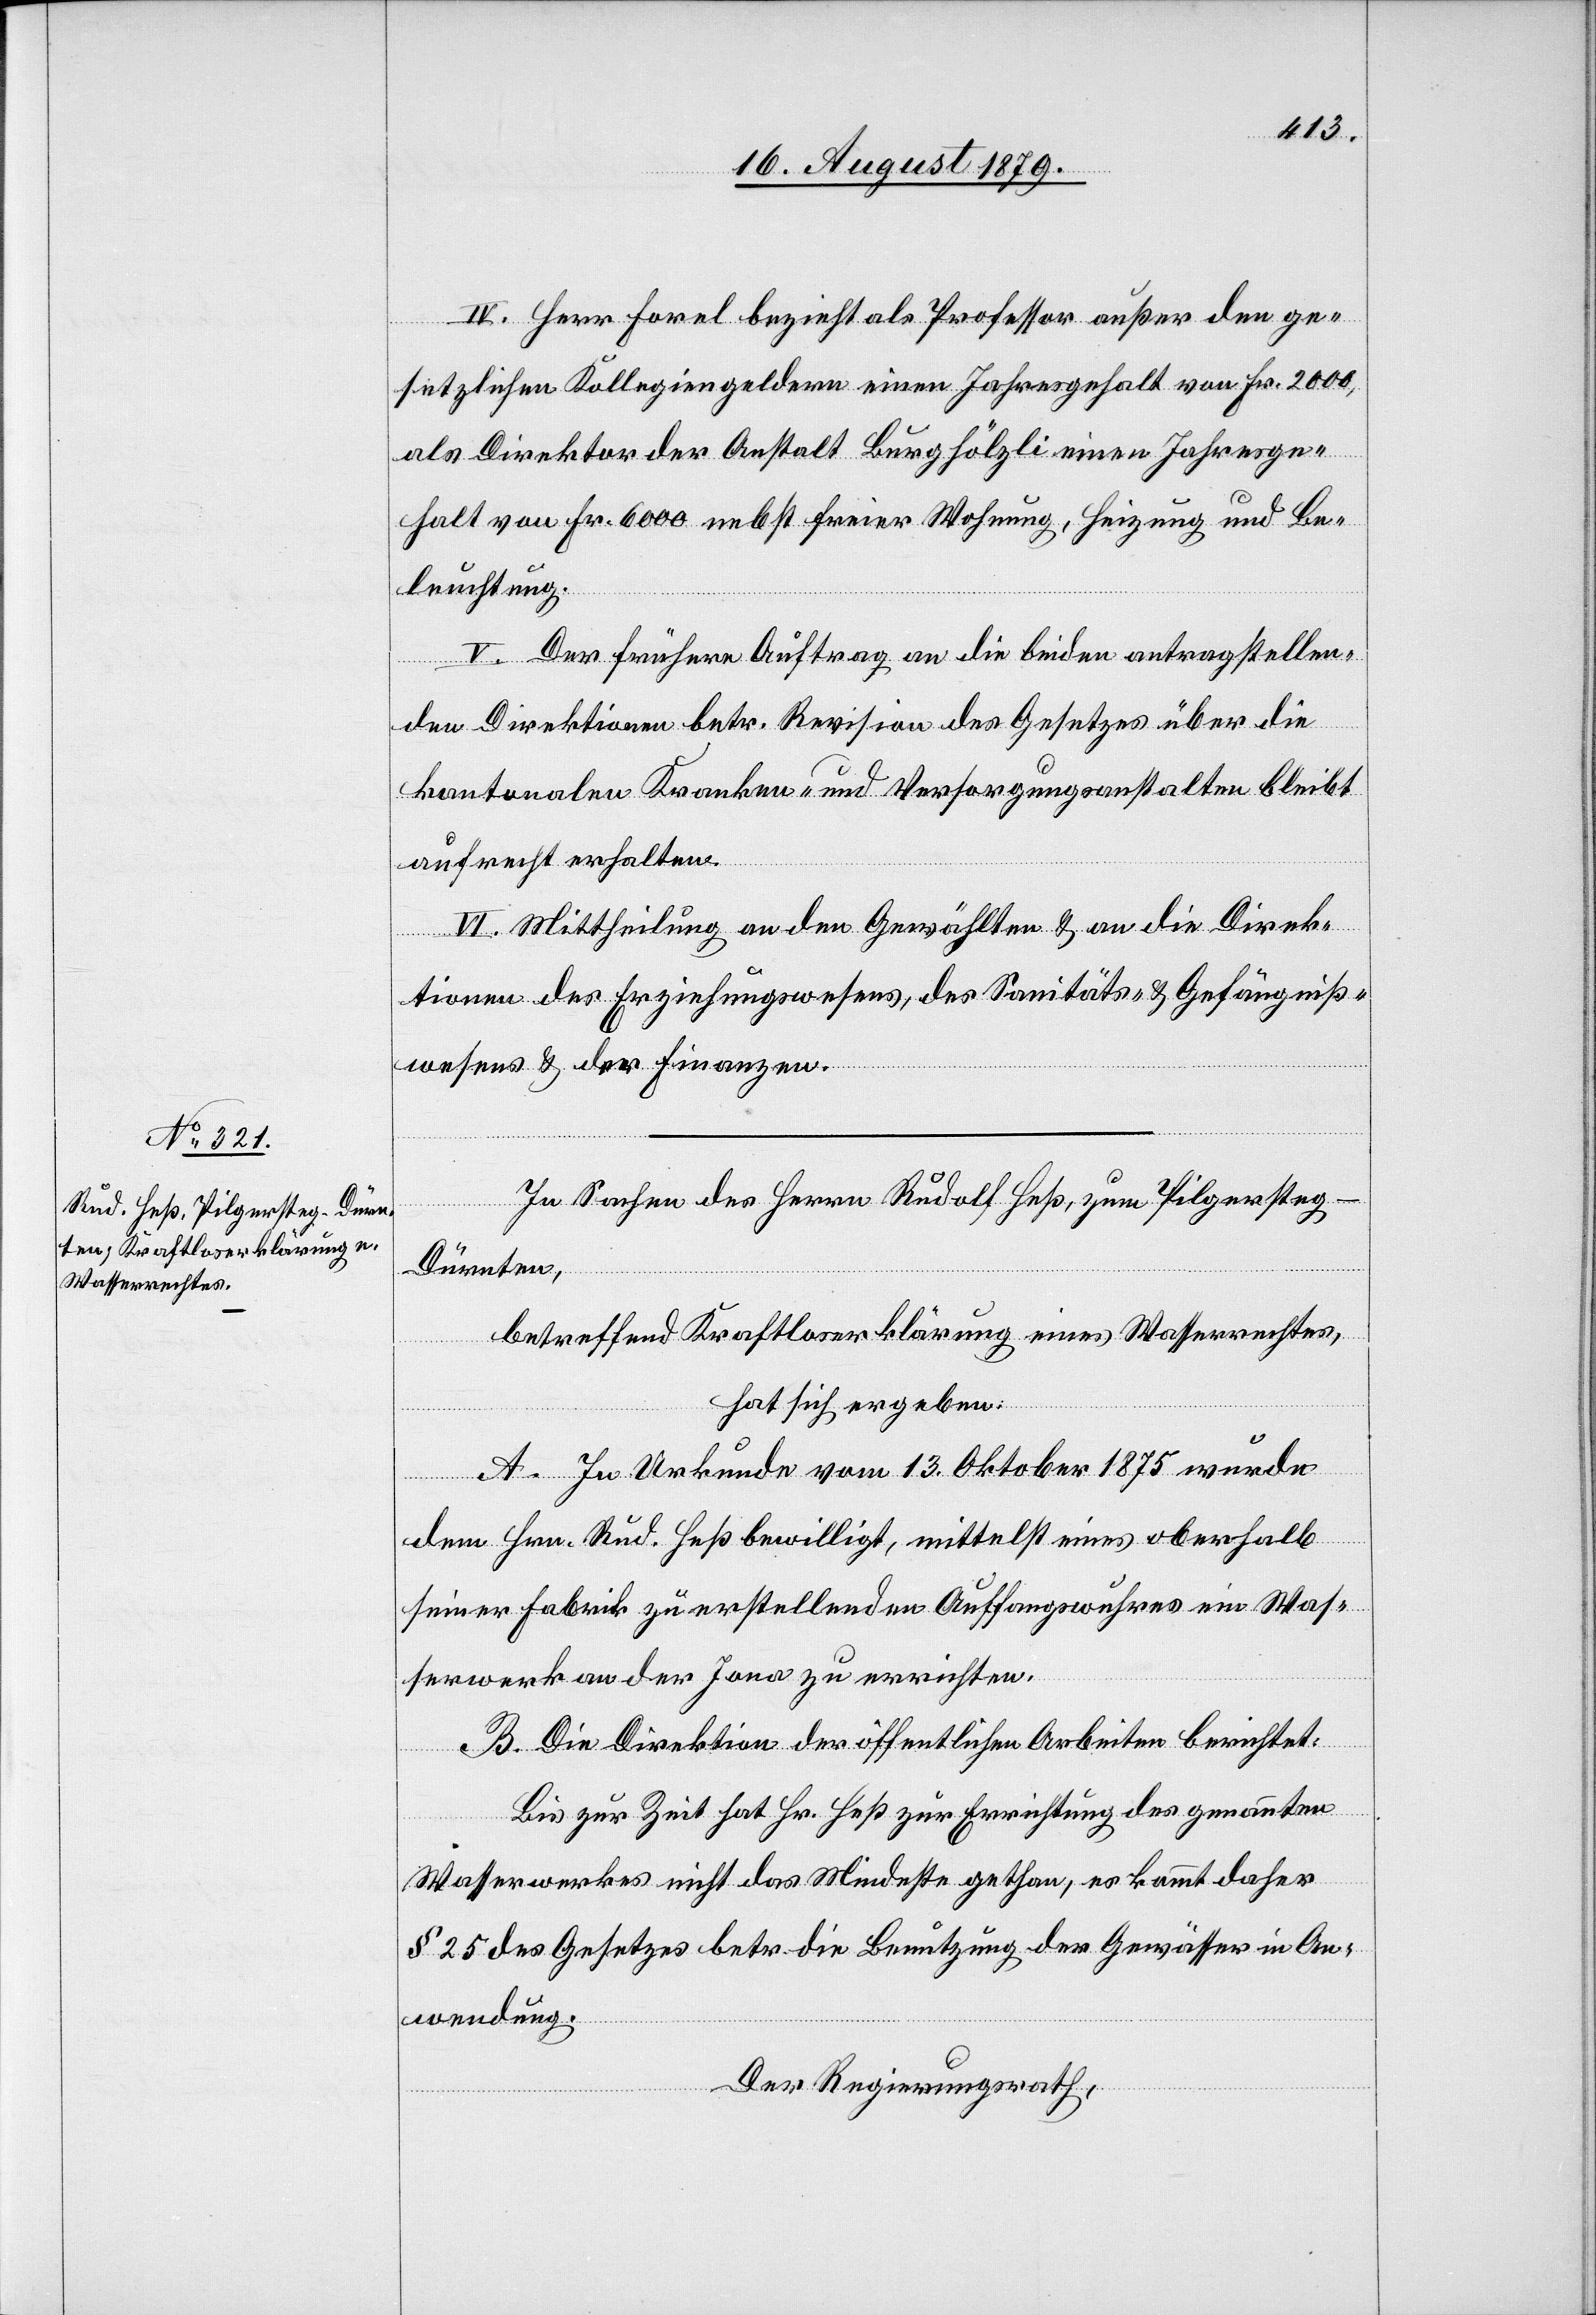
IV. Herr Forel bezieht als Professor außer den ge¬
setzlichen Kollegiengeldern einen Jahresgehalt von Fr. 2000,
als Direktor der Anstalt Burghölzli einen Jahresge¬
halt von Fr. 6000 nebst freier Wohnung, Heizung und Be¬
leuchtung.
V. Der frühere Auftrag an die beiden antragstellen¬
den Direktionen betr. Revision des Gesetzes über die
kantonalen Kranken- und Versorgungsanstalten bleibt
aufrecht erhalten.
VI. Mittheilung an den Gewählten & an die Direk¬
tionen des Erziehungswesens, des Sanitäts- & Gefängniß¬
wesens & der Finanzen.
In Sachen des Herrn Rudolf Heß, zum Pilgersteg
Dürnten,
betreffend Kraftloserklärung eines Wasserrechtes,
hat sich ergeben:
A. In Urkunde vom 13. Oktober 1875 wurde
dem Hrn. Rud. Heß bewilligt, mittelst eines oberhalb
seiner Fabrik zu erstellenden Auffangswuhres ein Was¬
serwerk an der Jona zu errichten.
B. Die Direktion der öffentlichen Arbeiten berichtet:
Bis zur Zeit hat Hr. Heß zur Errichtung des genannten
Wasserwerkes nicht das Mindeste gethan, es kommt daher
§ 25 des Gesetzes betr. die Benutzung der Gewässer in An¬
wendung.
Der Regierungsrath,